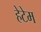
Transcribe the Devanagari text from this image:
हेटेम